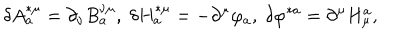
LaTeX: \delta A _ { a } ^ { * \mu } = \partial _ { \nu } B _ { a } ^ { \nu \mu } , \; \delta H _ { a } ^ { * \mu } = - \partial ^ { \mu } \varphi _ { a } , \; \delta \varphi ^ { * a } = \partial ^ { \mu } H _ { \mu } ^ { a } ,